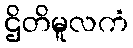
ဌိတိမူလကံ